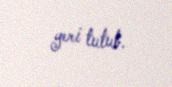
yeri tutub.